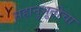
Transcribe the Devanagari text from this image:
सहानुभूतीचा